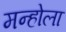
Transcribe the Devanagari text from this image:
मन्होला